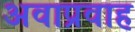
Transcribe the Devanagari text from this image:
अवाप्रवाह